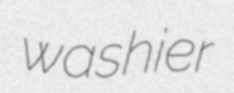
washier